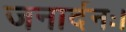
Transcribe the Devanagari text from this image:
जनार्दनः।